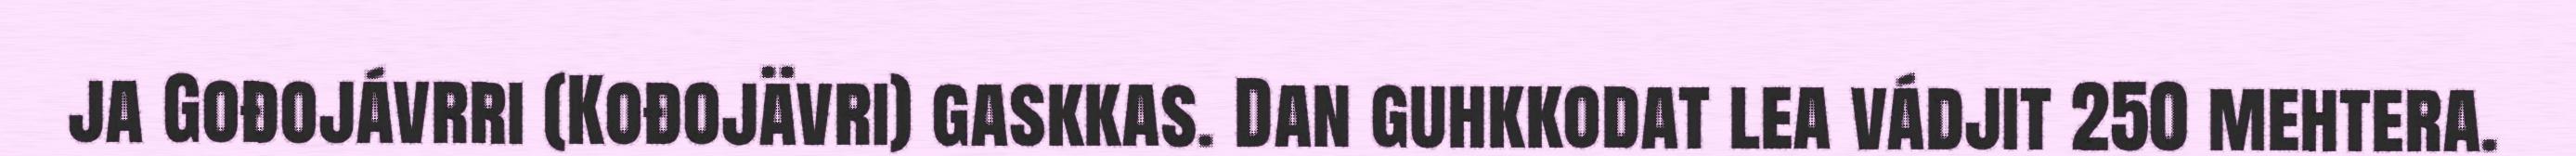
ja Gođojávrri (Kođojävri) gaskkas. Dan guhkkodat lea vádjit 250 mehtera.